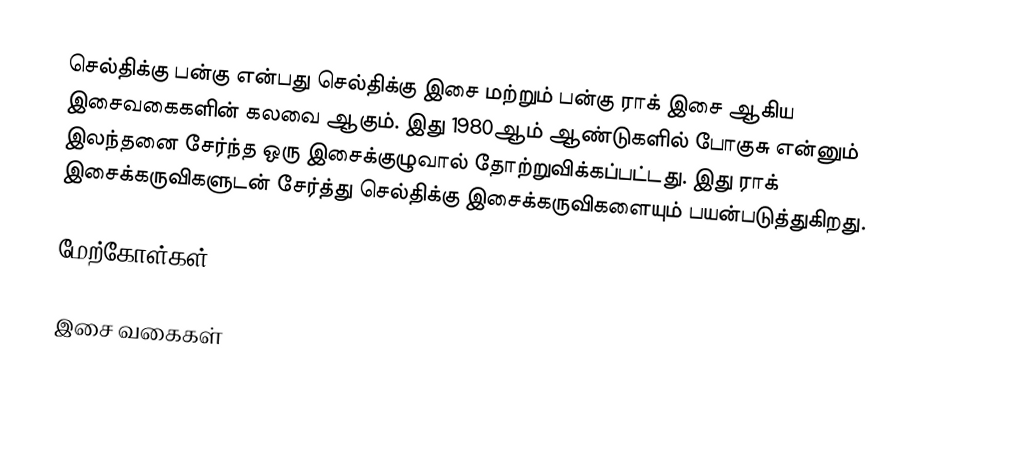
செல்திக்கு பன்கு என்பது செல்திக்கு இசை மற்றும் பன்கு ராக் இசை ஆகிய இசைவகைகளின் கலவை ஆகும். இது 1980ஆம் ஆண்டுகளில் போகுசு என்னும் இலந்தனை சேர்ந்த ஒரு இசைக்குழுவால் தோற்றுவிக்கப்பட்டது. இது ராக் இசைக்கருவிகளுடன் சேர்த்து செல்திக்கு இசைக்கருவிகளையும் பயன்படுத்துகிறது.

மேற்கோள்கள்

இசை வகைகள்